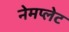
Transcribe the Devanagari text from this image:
नेमप्‍लेट